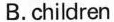
B.children